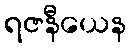
ရဇနီယေန